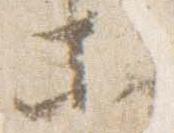
等